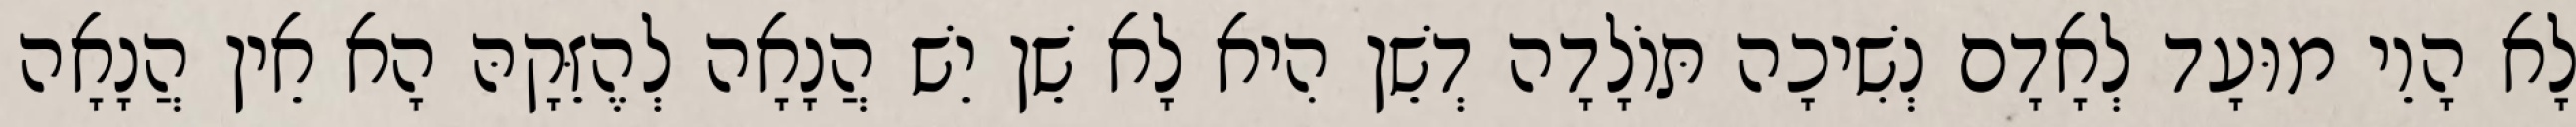
לָא הָוֵי מוּעָד לְאָדָם נְשִׁיכָה תּוֹלָדָה דְשֵׁן הִיא לָא שֵׁן יֵשׁ הֲנָאָה לְהֶזֵּקָהּ הָא אֵין הֲנָאָה